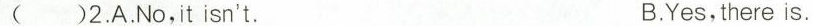
( )2.A.No,it isn't. B.Yes, there is.